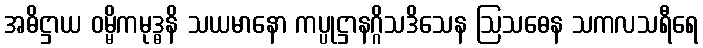
အဓိဋ္ဌာယ ဝမ္မိကမုဒ္ဓနိ သယမာနော ကပ္ပုဋ္ဌာနဂ္ဂိသဒိသေန ဩသဓေန သကလသရီရေ